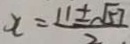
x = \frac { 1 1 \pm \sqrt { 5 7 } } { 2 }